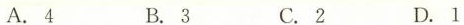
A.4 B.3 C.2 D.1